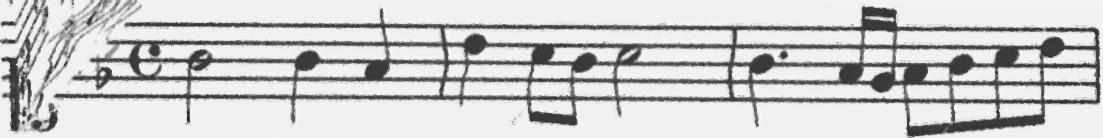
Transcription: clef-C1 keySignature-BbM timeSignature-C note-G4_half note-G4_quarter note-F4_quarter barline note-Bb4_quarter note-A4_eighth note-G4_eighth note-A4_half barline note-G4_quarter. note-F4_sixteenth note-Eb4_sixteenth note-F4_eighth note-G4_eighth note-A4_eighth note-Bb4_eighth barline